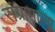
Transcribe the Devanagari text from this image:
संग्रामाला